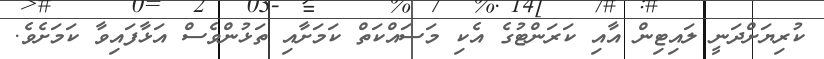
ކުރިޔަށްދަނީ ލައިޓިން އާއި ކަރަންޓުގެ އެކި މަސައްކަތް ކަމަށާއި ތަޅުންވެސް އަޅާފައިވާ ކަމަށެވެ.